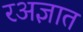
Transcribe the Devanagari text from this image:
रअज्ञात